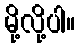
မို့လို့ပါ။